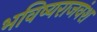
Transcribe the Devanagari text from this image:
भविष्यराजवंश